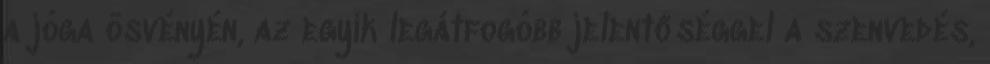
a jóga ösvényén, az egyik legátfogóbb jelentőséggel a szenvedés,